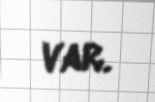
var.